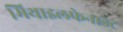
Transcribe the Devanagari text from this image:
मिथाइलफेनाडेट